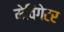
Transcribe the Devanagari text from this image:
मेविगेटर